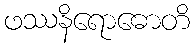
ဖဿနိရောဓောတိ